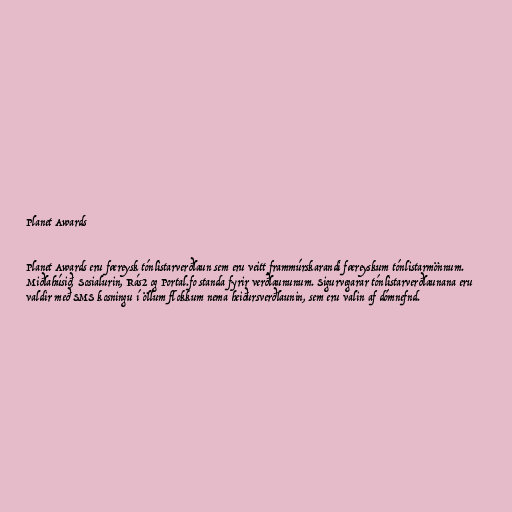
Planet Awards

Planet Awards eru færeysk tónlistarverðlaun sem eru veitt frammúrskarandi færeyskum tónlistarmönnum.
Miðlahúsið, Sosialurin, Rás2 og Portal.fo standa fyrir verðlaununum. Sigurvegarar tónlistarverðlaunana eru
valdir með SMS kosningu í öllum flokkum nema heiðursverðlaunin, sem eru valin af dómnefnd.